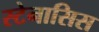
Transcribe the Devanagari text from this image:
स्टेनासिस